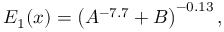
E _ { 1 } ( x ) = \left( A ^ { - 7 . 7 } + B \right) ^ { - 0 . 1 3 } ,